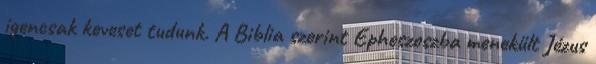
igencsak keveset tudunk. A Biblia szerint Epheszoszba menekült Jézus